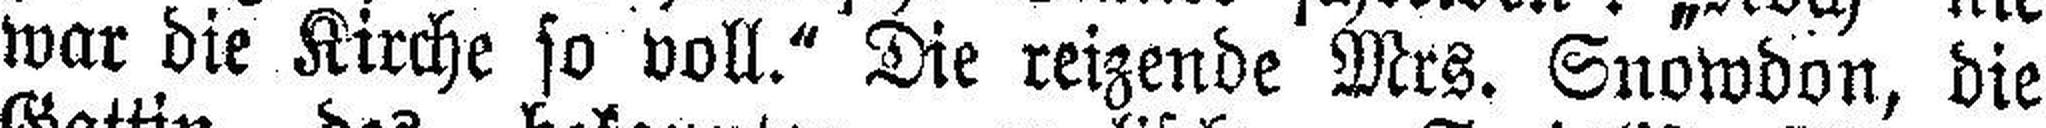
war die Kirche so voll.“ Die reizende Mrs. Snowdon, die